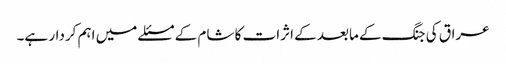
عراق کی جنگ کے مابعد کے اثرات کا شام کے مسئلے میں اہم کردار ہے۔